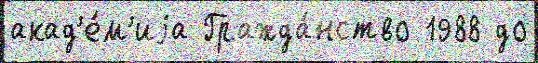
акад'е́м'иjа Гражда́нство 1988 до